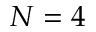
N = 4